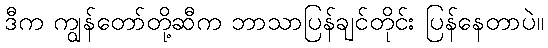
ဒီက ကျွန်တော်တို့ဆီက ဘာသာပြန်ချင်တိုင်း ပြန်နေတာပဲ။